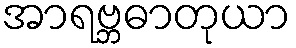
အာရဗ္ဘဓာတုယာ